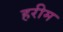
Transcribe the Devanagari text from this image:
हरीम